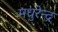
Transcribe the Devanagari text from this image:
मधुरेन्द्र